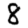
Digit: 8